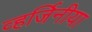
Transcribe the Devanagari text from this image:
व्हर्जिनीया